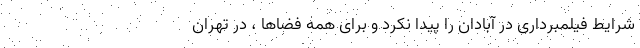
شرایط فیلمبرداری در آبادان را پیدا نکرد و برای همه فضاها ، در تهران